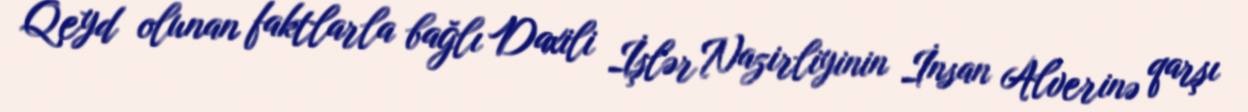
Qeyd olunan faktlarla bağlı Daxili İşlər Nazirliyinin İnsan Alverinə qarşı